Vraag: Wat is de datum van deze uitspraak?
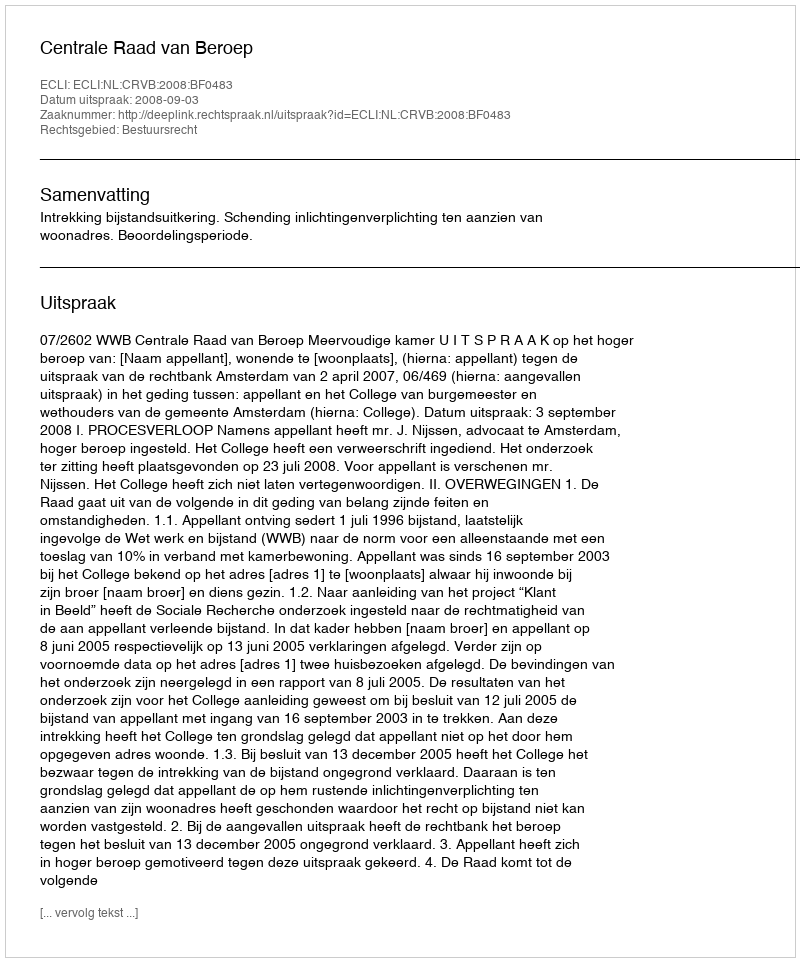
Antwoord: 2008-09-03